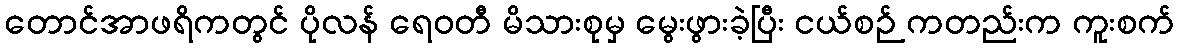
တောင်အာဖရိကတွင် ပိုလန် ရေဝတီ မိသားစုမှ မွေးဖွားခဲ့ပြီး ငယ်စဉ် ကတည်းက ကူးစက်